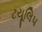
ટયૂલિપ